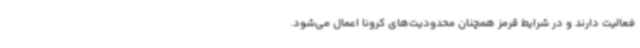
فعالیت دارند و در شرایط قرمز همچنان محدودیت‌های کرونا اعمال می‌شود.